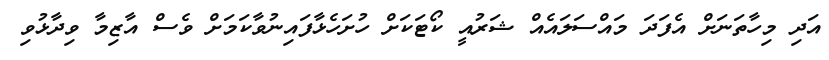
އަދި މިހާތަނަށް އެފަދަ މައްސަލައެއް ޝަރުއީ ކޯޓަކަށް ހުށަހެޅާފައިނުވާކަމަށް ވެސް އާޒިމާ ވިދާޅުވި